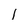
Character: 1